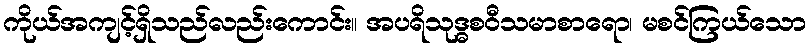
ကိုယ်အကျင့်ရှိသည်လည်းကောင်း။ အပရိသုဒ္ဓစဝီသမာစာရော၊ မစင်ကြယ်သော